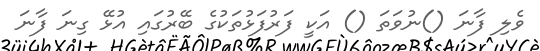
ވެލި ފާނަ ()ނުވަތަ () އަކީ ފަރުފަޅުތަކުގެ ބޭރުގައި އުޅޭ ގިނަ ފާނަ